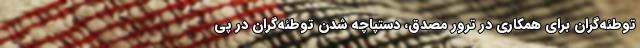
توطئه‌گران برای همکاری در ترور مصدق، دستپاچه شدنِ توطئه‌گران در پیِ